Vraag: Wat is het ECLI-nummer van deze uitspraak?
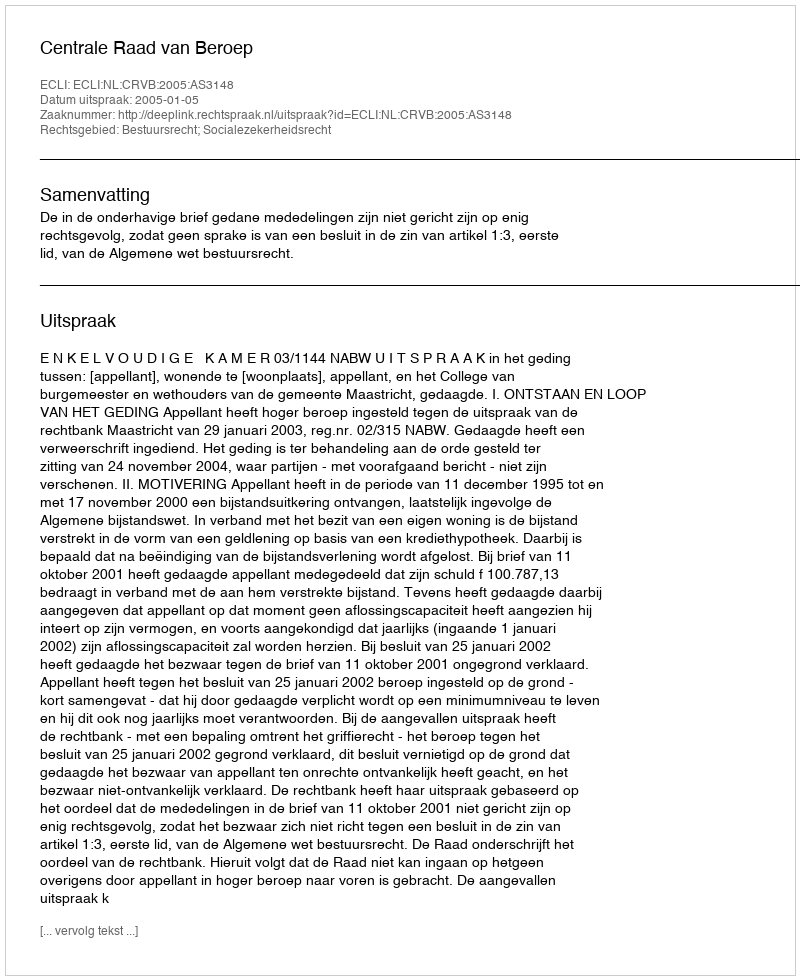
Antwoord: ECLI:NL:CRVB:2005:AS3148